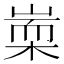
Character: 𣖃